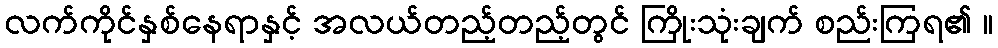
လက်ကိုင်နှစ်နေရာနှင့် အလယ်တည့်တည့်တွင် ကြိုးသုံးချက် စည်းကြရ၏ ။